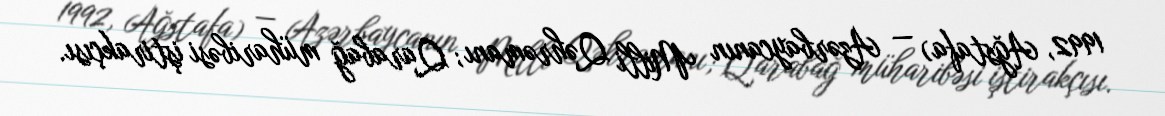
1992, Ağstafa) — Azərbaycanın Milli Qəhrəmanı; Qarabağ müharibəsi iştirakçısı.